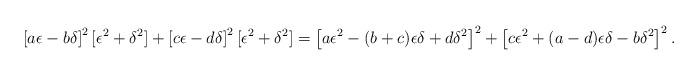
LaTeX: \begin{align*}\left[ a\epsilon -b \delta\right]^2[\epsilon^2+\delta^2 ]+ \left[ c\epsilon -d \delta \right]^2[\epsilon^2+\delta^2 ] = \left[a\epsilon^2 - (b+c)\epsilon\delta +d\delta^2\right]^2 + \left[c\epsilon^2+(a-d)\epsilon\delta-b\delta^2\right]^2. \end{align*}